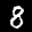
Label: 8